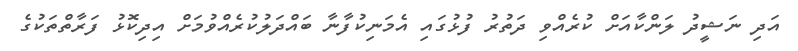
އަދި ނަޝީދު ލަންކާއަށް ކުރެއްވި ދަތުރު ފުޅުގައި އެމަނިކުފާނާ ބައްދަލުކުރެއްވުމަށް އިދިކޮޅު ފަރާތްތަކުގެ